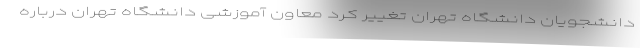
دانشجویان دانشگاه تهران تغییر کرد معاون آموزشی دانشگاه تهران درباره